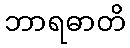
ဘာရဓာတိ